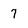
Character: 7